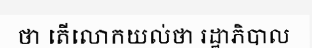
ថា តើលោកយល់ថា រដ្ឋាភិបាល